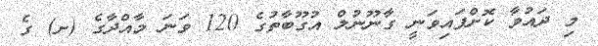
މި ދައުވާ ކޮށްފައިވަނީ ގާނޫނުލް އުގޫބާތުގެ 120 ވަނަ މާއްދާގެ (ށ) ގެ